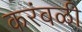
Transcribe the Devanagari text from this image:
करंबळी